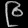
Digit: ၉